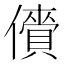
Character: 𫣲